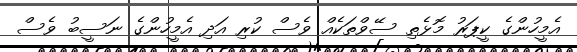
އެމީހުންގެ ކީޕަރު މޮޅެތި ސޭވްތަކެއް ވެސް ކުރި އަދި އެމީހުންގެ ނަސީބު ވެސް